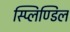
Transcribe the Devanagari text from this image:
स्प्लिण्डिल